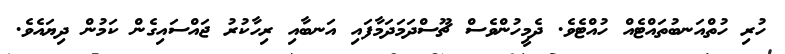
ހުރި ހުތްއަނބުތައްޓެއް ހުއްޓެވެ. ދެމީހުންވެސް ޗޫސްދަމަދަމާފައި އަނބާއި ރިހާކުރު ޖައްސައިގެން ކަމުން ދިޔައެވެ.